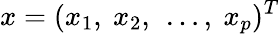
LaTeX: x=(x_{1},\ x_{2},\ \ldots,\ x_{p})^{T}